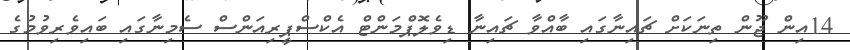
14އިން ޖޫން ތިނަކަށް ޗައިނާގައި ބާއްވާ ޗައިނާ ޑިވެލޮޕްމަންޓް އެކްސްޕީރިއަންސް ސެމިނާގައި ބައިވެރިވުމުގެ